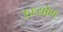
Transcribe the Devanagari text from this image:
ऊध्योग